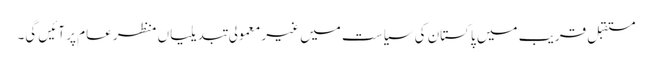
مستقبل قریب میں پاکستان کی سیاست میں غیر معمولی تبدیلیاں منظر عام پر آئیں گی۔